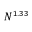
N ^ { 1 . 3 3 }